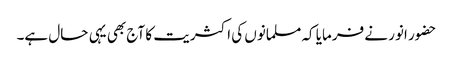
حضور انور نے فرمایا کہ مسلمانوں کی اکثریت کا آج بھی یہی حال ہے۔